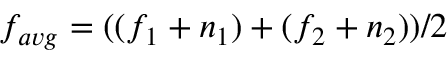
f _ { a v g } = ( ( f _ { 1 } + n _ { 1 } ) + ( f _ { 2 } + n _ { 2 } ) ) / 2